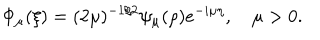
\Phi _ { \mu } ( \xi ) = ( 2 \mu ) ^ { - 1 / 2 } \psi _ { \mu } ( \rho ) e ^ { - i \mu \eta } , \quad \mu > 0 .